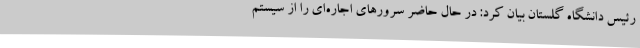
رئیس دانشگاه گلستان بیان کرد: در حال حاضر سرورهای اجاره‌ای را از سیستم